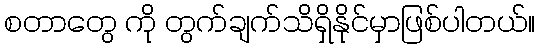
စတာတွေ ကို တွက်ချက်သိရှိနိုင်မှာဖြစ်ပါတယ်။